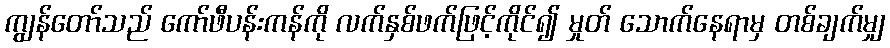
ကျွန်တော်သည် ကော်ဖီပန်းကန်ကို လက်နှစ်ဖက်ဖြင့်ကိုင်၍ မှုတ် သောက်နေရာမှ တစ်ချက်မျှ